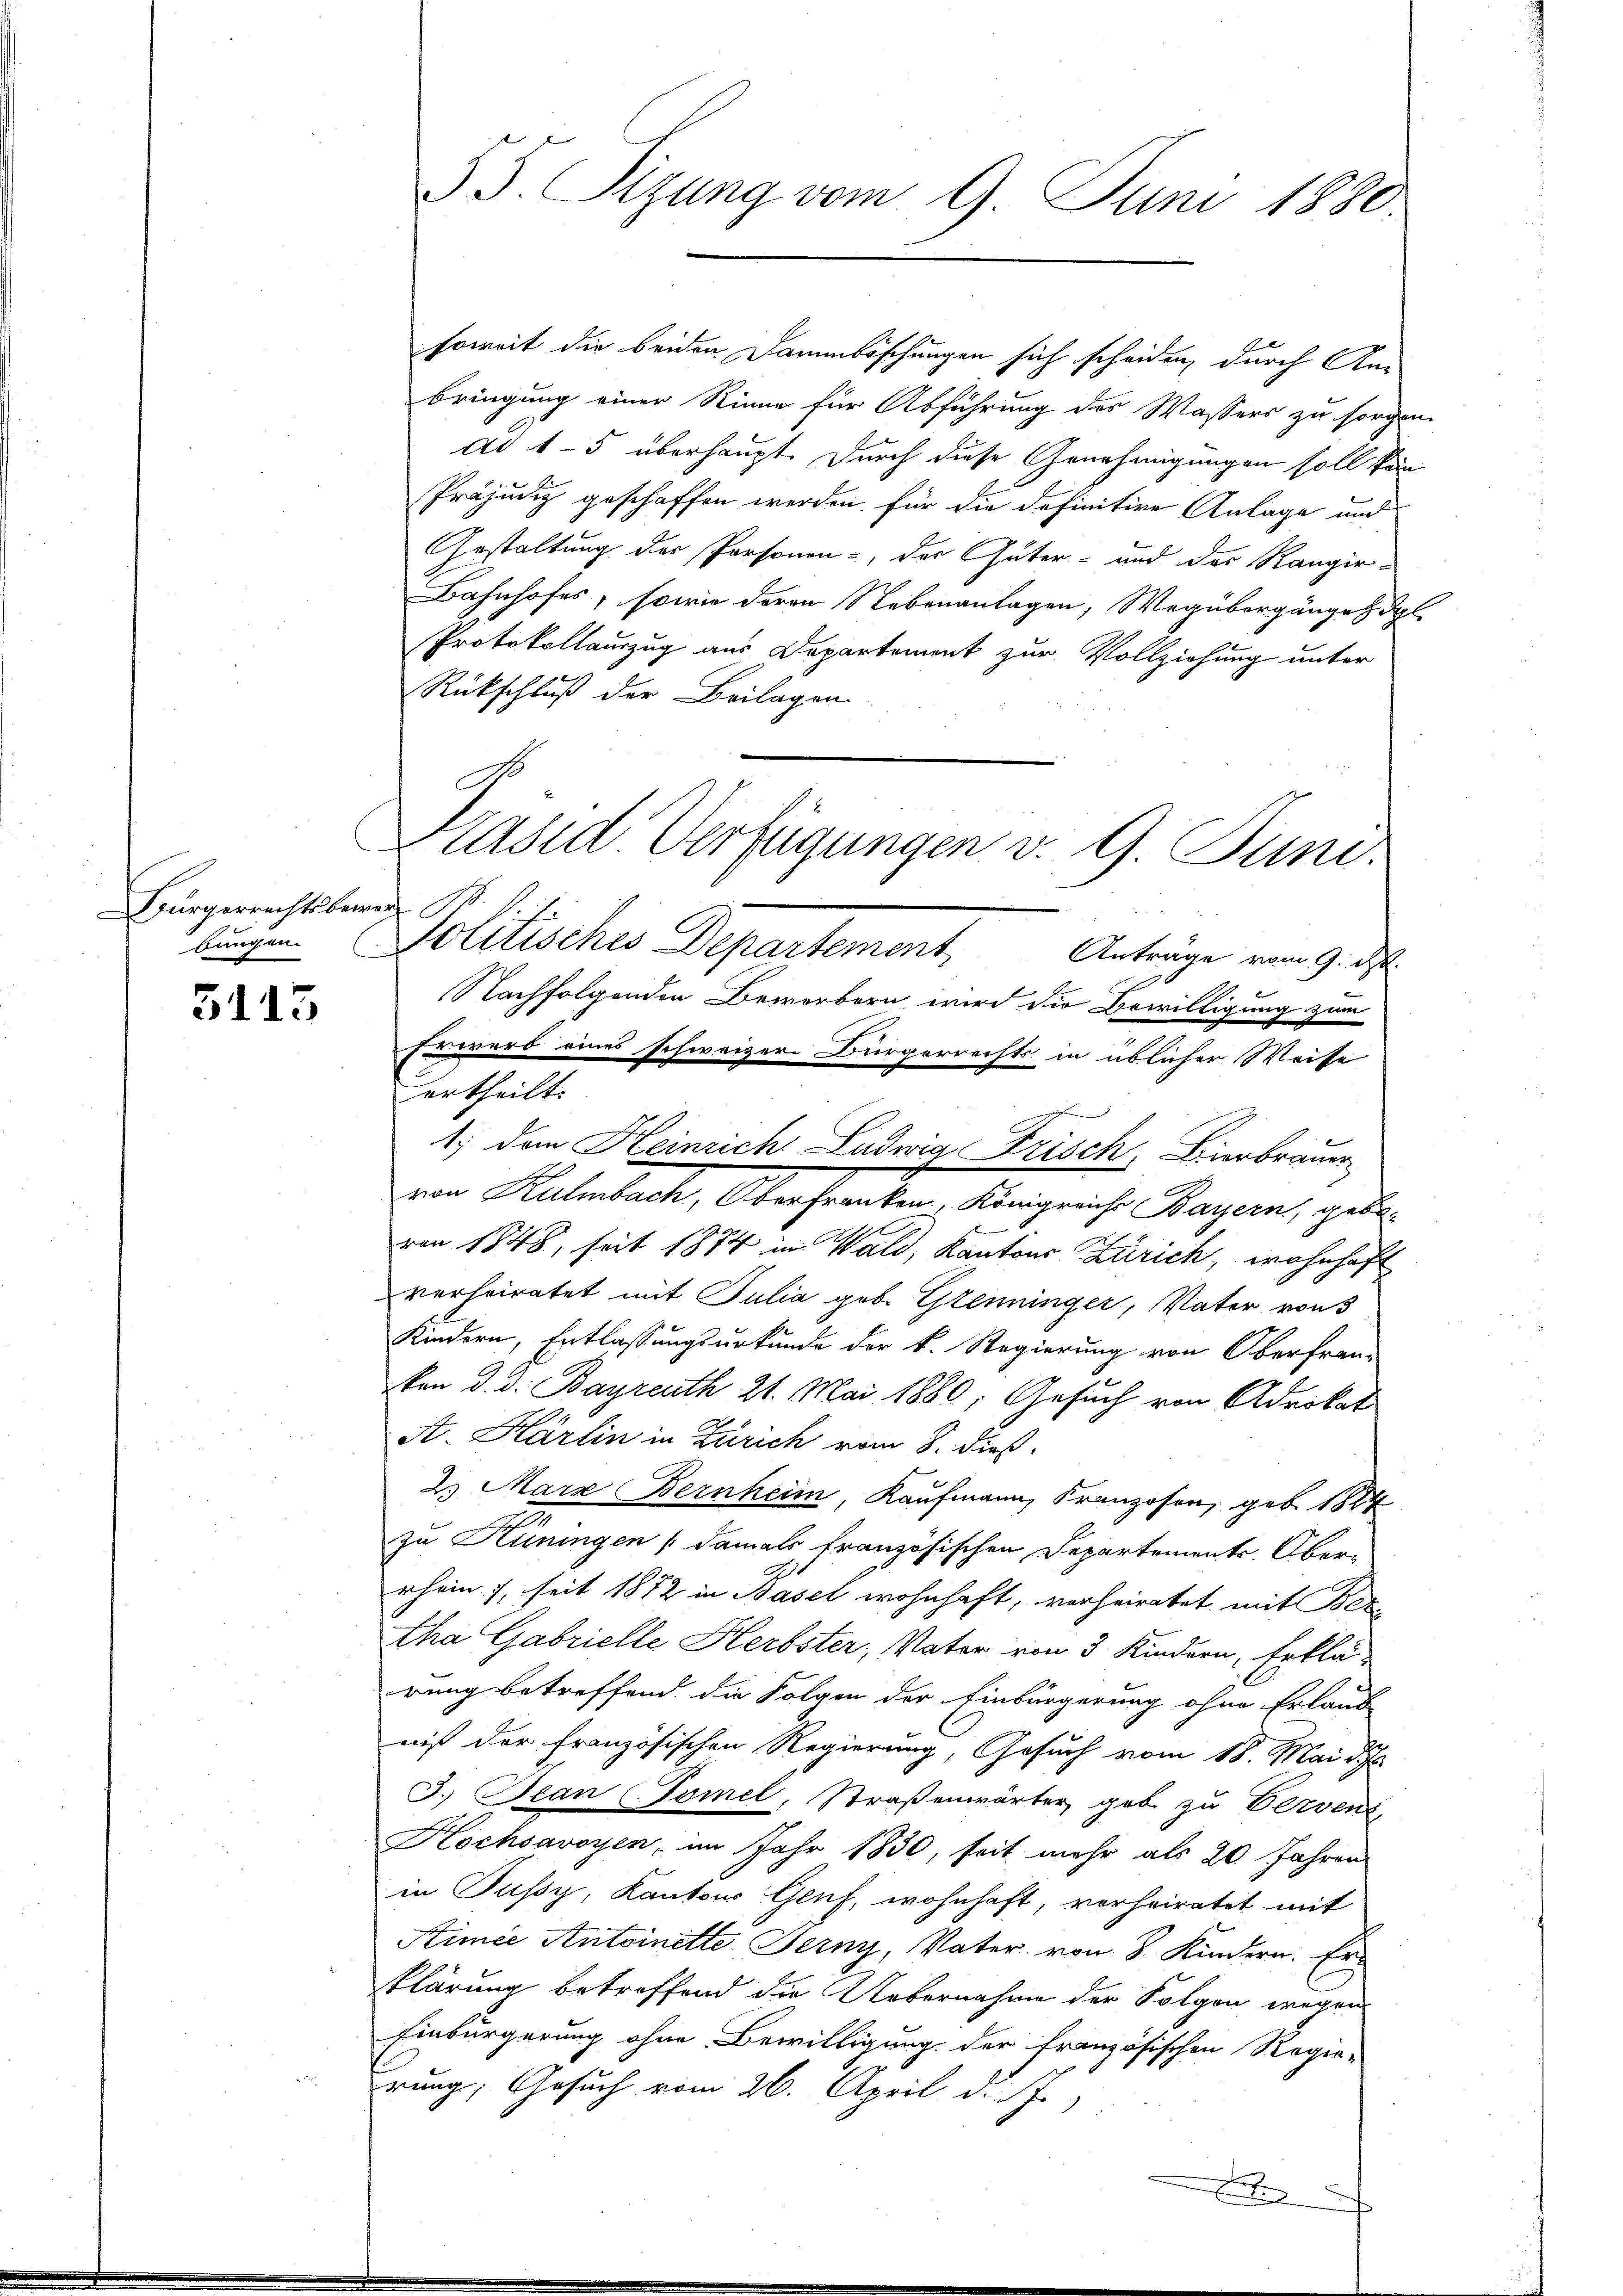
Bürgerrechtsberen

5113

soweit die beiden Dammböschungen sich scheiden, durch Anbringung einer Rinne für Abführung des Wassers zu sorgen.
Ad 1-5 überhaupt. Durch diese Genehmigungen soll kan
Präjudiz geschaffen werden für die definitive Anlage und
Gestaltung der Personen, der Güter- und das Rangir-
Bahnhofes, sowie deren Nebenanlagen, Wegübergängen dol.
Protokollauszug aus Departement zur Vollziehung unter
Rückschluß der Beilagen
Anträge vom 9. d.
Nachfolgenden Bewerbern wird die Bewilligung zum
Erwarb eines schweizer. Bürgerrechts in üblicher Weise
ertheilt.
1; dem Heinrich Ludwig Frisch, Binbraum
von Kulmbach, Oberchranken, Megerich Bayern, geben
von 1848, seit 1874 in Wald, Kantons Zürich, wohnhaft
verheiratet mit Julia geb. Glenninger, Vater von 3
Kindern, Entlassungsurkunde der k. Regierung von Oberfran-
ken d. d. Bayreuth 21. Mai 1880; Gesuch von Advokat
A. Härlin in Zürich vom 8. dieß
2. März Bernheim, Kaufmann, Franzosen, geb. 1824
zu Hüningen (damals französischen Departements-Ober-
rhein), seit 1872 in Basel wohnhaft, verheiratet mit Bez
tha Gabrielle Herbster, Vater von 3 Kindern, Erklä-
rung betreffend die Folgen der Einbürgerung ohne Erlaub
niß der französischen Regierung, Gesuch vom 18. Mai d. Js.
3. Bean Pomel, Straßenwärter, geb zu Verven
Hochsavoyen, im Jahr 1830, seit mehr als 20 Jahren
in Pusy, Kantons Genf, wohnhaft, vorheiratet mit
Simce Antoinette Ferny, Vater von 8. Kindern. Er
klärung betreffend die Uebernahme der Folgen wegen
Einbürgerung ohne Bewilligung der französischen Regie-
rung, Gesuch vom 26. April d. J.
E

§ 5. Sizung vom 9. Juni 1880.

Präsid Verfügungen v. 9. Juni.
bungen Politisches Departement

.